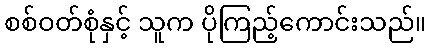
စစ်ဝတ်စုံနှင့် သူက ပိုကြည့်ကောင်းသည်။